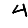
Digit: 4